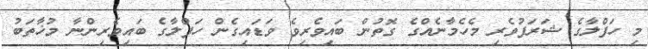
މި ހަފްލާގެ ޝަރަފުވެރި މެހެމާނެއްގެ ގޮތުން ބައިވެރިވެ ވަޑައިގެން ހަފްލާގެ ބައިވެރިންނާ މުޚާތަބު